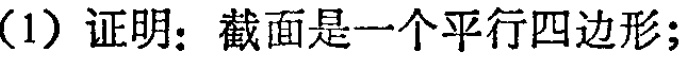
(1) 证明：截面是一个平行四边形；